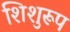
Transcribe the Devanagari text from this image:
शिशुरूप